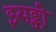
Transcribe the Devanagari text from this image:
इसङ्की